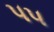
૫૫